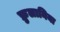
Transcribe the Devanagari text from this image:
फ्रुलानिया